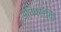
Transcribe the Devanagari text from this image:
अधिकारयिों